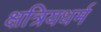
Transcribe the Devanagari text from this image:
क्षत्रियधर्म